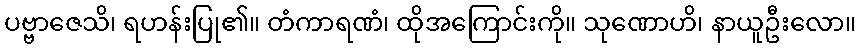
ပဗ္ဗာဇေသိ၊ ရဟန်းပြု၏။ တံကာရဏံ၊ ထိုအကြောင်းကို။ သုဏောဟိ၊ နာယူဦးလော။